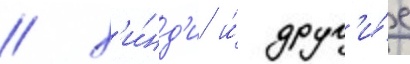
/ х'и́нд'и и́ друг'и́е